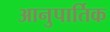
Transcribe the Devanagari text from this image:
आनुपार्तिक